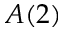
A ( 2 )